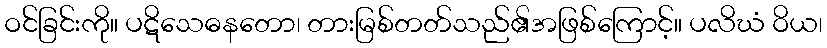
ဝင်ခြင်းကို။ ပဋိသေဓနတော၊ တားမြစ်တတ်သည်၏အဖြစ်ကြောင့်။ ပလိဃံ ဝိယ၊